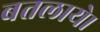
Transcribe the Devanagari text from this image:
बतलाये।